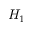
H _ { 1 }